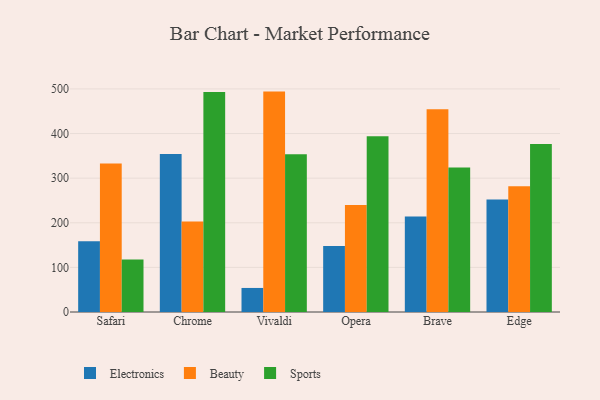
{"axis": {"x": "Browser", "y": "Gross Profit (USD K)"}, "legend": ["Beauty", "Electronics", "Sports"], "data": [{"x": "Safari", "y": 158.4, "type": "Electronics"}, {"x": "Safari", "y": 332.9, "type": "Beauty"}, {"x": "Safari", "y": 117.5, "type": "Sports"}, {"x": "Chrome", "y": 354.0, "type": "Electronics"}, {"x": "Chrome", "y": 202.7, "type": "Beauty"}, {"x": "Chrome", "y": 493.1, "type": "Sports"}, {"x": "Vivaldi", "y": 53.9, "type": "Electronics"}, {"x": "Vivaldi", "y": 494.0, "type": "Beauty"}, {"x": "Vivaldi", "y": 353.4, "type": "Sports"}, {"x": "Opera", "y": 148.2, "type": "Electronics"}, {"x": "Opera", "y": 239.9, "type": "Beauty"}, {"x": "Opera", "y": 393.9, "type": "Sports"}, {"x": "Brave", "y": 213.9, "type": "Electronics"}, {"x": "Brave", "y": 454.5, "type": "Beauty"}, {"x": "Brave", "y": 323.6, "type": "Sports"}, {"x": "Edge", "y": 252.4, "type": "Electronics"}, {"x": "Edge", "y": 281.7, "type": "Beauty"}, {"x": "Edge", "y": 376.3, "type": "Sports"}]}